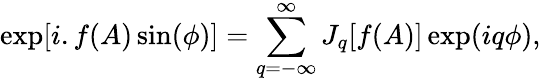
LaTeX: \exp[i.f(A)\sin(\phi)]=\sum_{q=-\infty}^{\infty}J_{q}[f(A)]\exp(iq\phi),